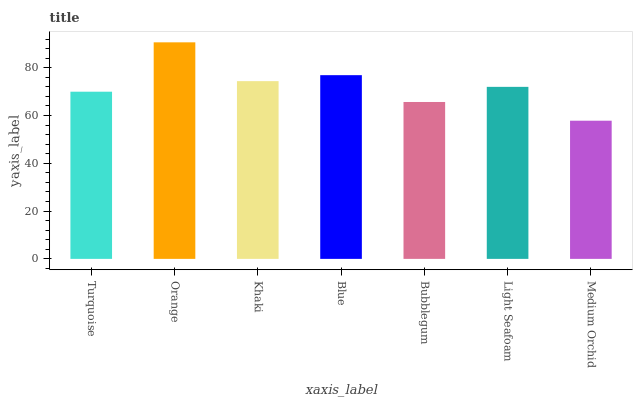
| xaxis_label | bars |
 | --- | --- |
 | Turquoise | 70 |
 | Orange | 90.6 |
 | Khaki | 74.4 |
 | Blue | 76.9 |
 | Bubblegum | 65.7 |
 | Light Seafoam | 72 |
 | Medium Orchid | 57.8 |